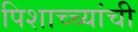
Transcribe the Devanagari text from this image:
पिशाच्च्यांची